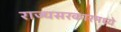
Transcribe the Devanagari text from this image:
राज्यसरकारमध्ये